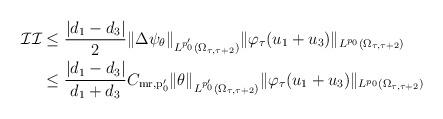
LaTeX: \begin{align*}\begin{aligned}\mathcal{II} &\leq \frac{|d_1-d_3|}{2}\|\Delta \psi_{\theta}\|_{L^{p_0'}(\Omega_{\tau,\tau+2})}\|\varphi_\tau(u_1 + u_3)\|_{L^{p_0}(\Omega_{\tau,\tau+2})}\\&\leq \frac{|d_1-d_3|}{d_1+d_3}C_{\rm{mr},p_0'}\| \theta\|_{L^{p_0'}(\Omega_{\tau,\tau+2})}\|\varphi_\tau(u_1 + u_3)\|_{L^{p_0}(\Omega_{\tau,\tau+2})}\end{aligned}\end{align*}